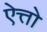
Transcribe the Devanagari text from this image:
ऐत्तो